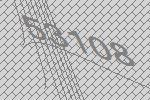
53108